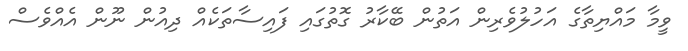
ވީމާ މައްޔިތާގެ އަހުލުވެރިން އަތުން ބޭކާރު ގޮތުގައި ފައިސާތަކެއް ދިއުން ނޫން އެއްވެސް